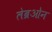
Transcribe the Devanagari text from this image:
लेब्रओन